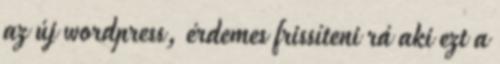
az új wordpress, érdemes frissíteni rá aki ezt a